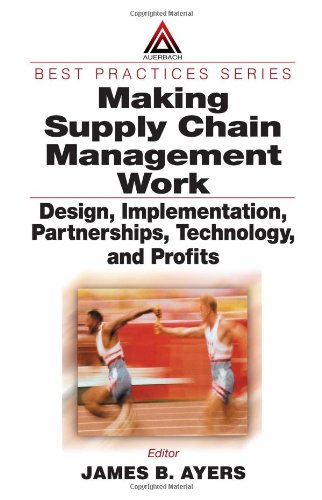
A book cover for Making Supply Chain Management Work:  Design, Implementation, Partnerships, Technology, and Profits; Business & Money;